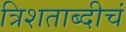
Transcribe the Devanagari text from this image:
त्रिशताब्दीचं